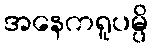
အနေကရူပမ္ပိ